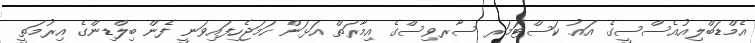
އެމްޑަބްލިއުއެސްސީގެ އައު ކަސްޓަމަރ ސާރވިސްގެ އިމާރަތް އަޅަން ހަމަޖެހިފައިވަނީ ފެން ބިލްޑިންގެ އިރުމަތީ